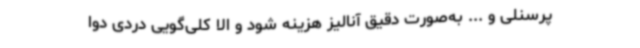
پرسنلی و ... به‌صورت دقیق آنالیز هزینه شود و الا کلی‌گویی دردی دوا